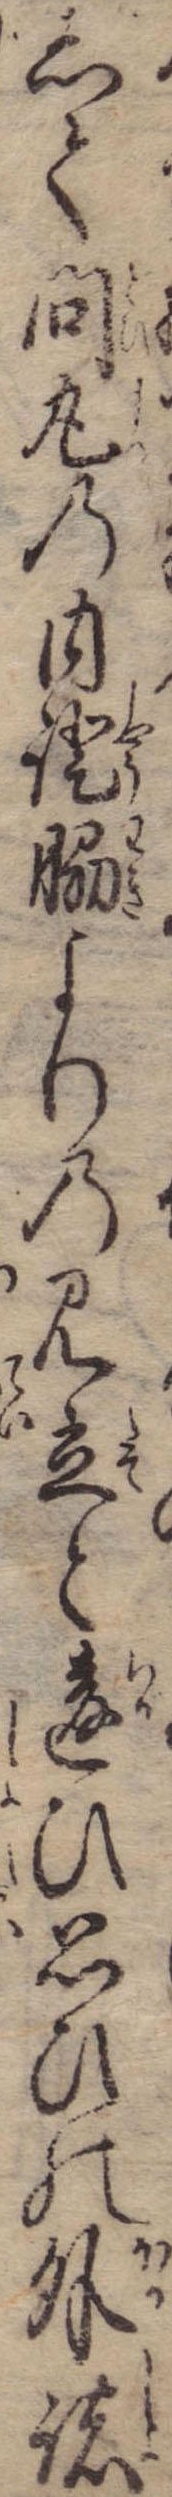
して問丸の内証脇よりの見立と違ひ思ひの外諸